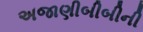
અજાણીબીબીની